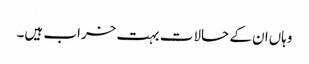
وہاں‌ان کے حالات بہت خراب ہیں۔